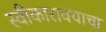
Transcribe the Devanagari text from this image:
स्वीकारावयाचा